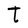
Character: t